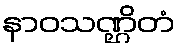
နာဝသဏ္ဌိတံ